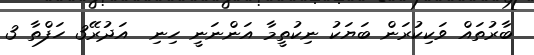
ބާރުތައް ވަކިކުރަން ބަޔަކު ނިކުތީމާ އަންނަނީ ހިނި  އަދުރޭ3 ހަފްތާ 3